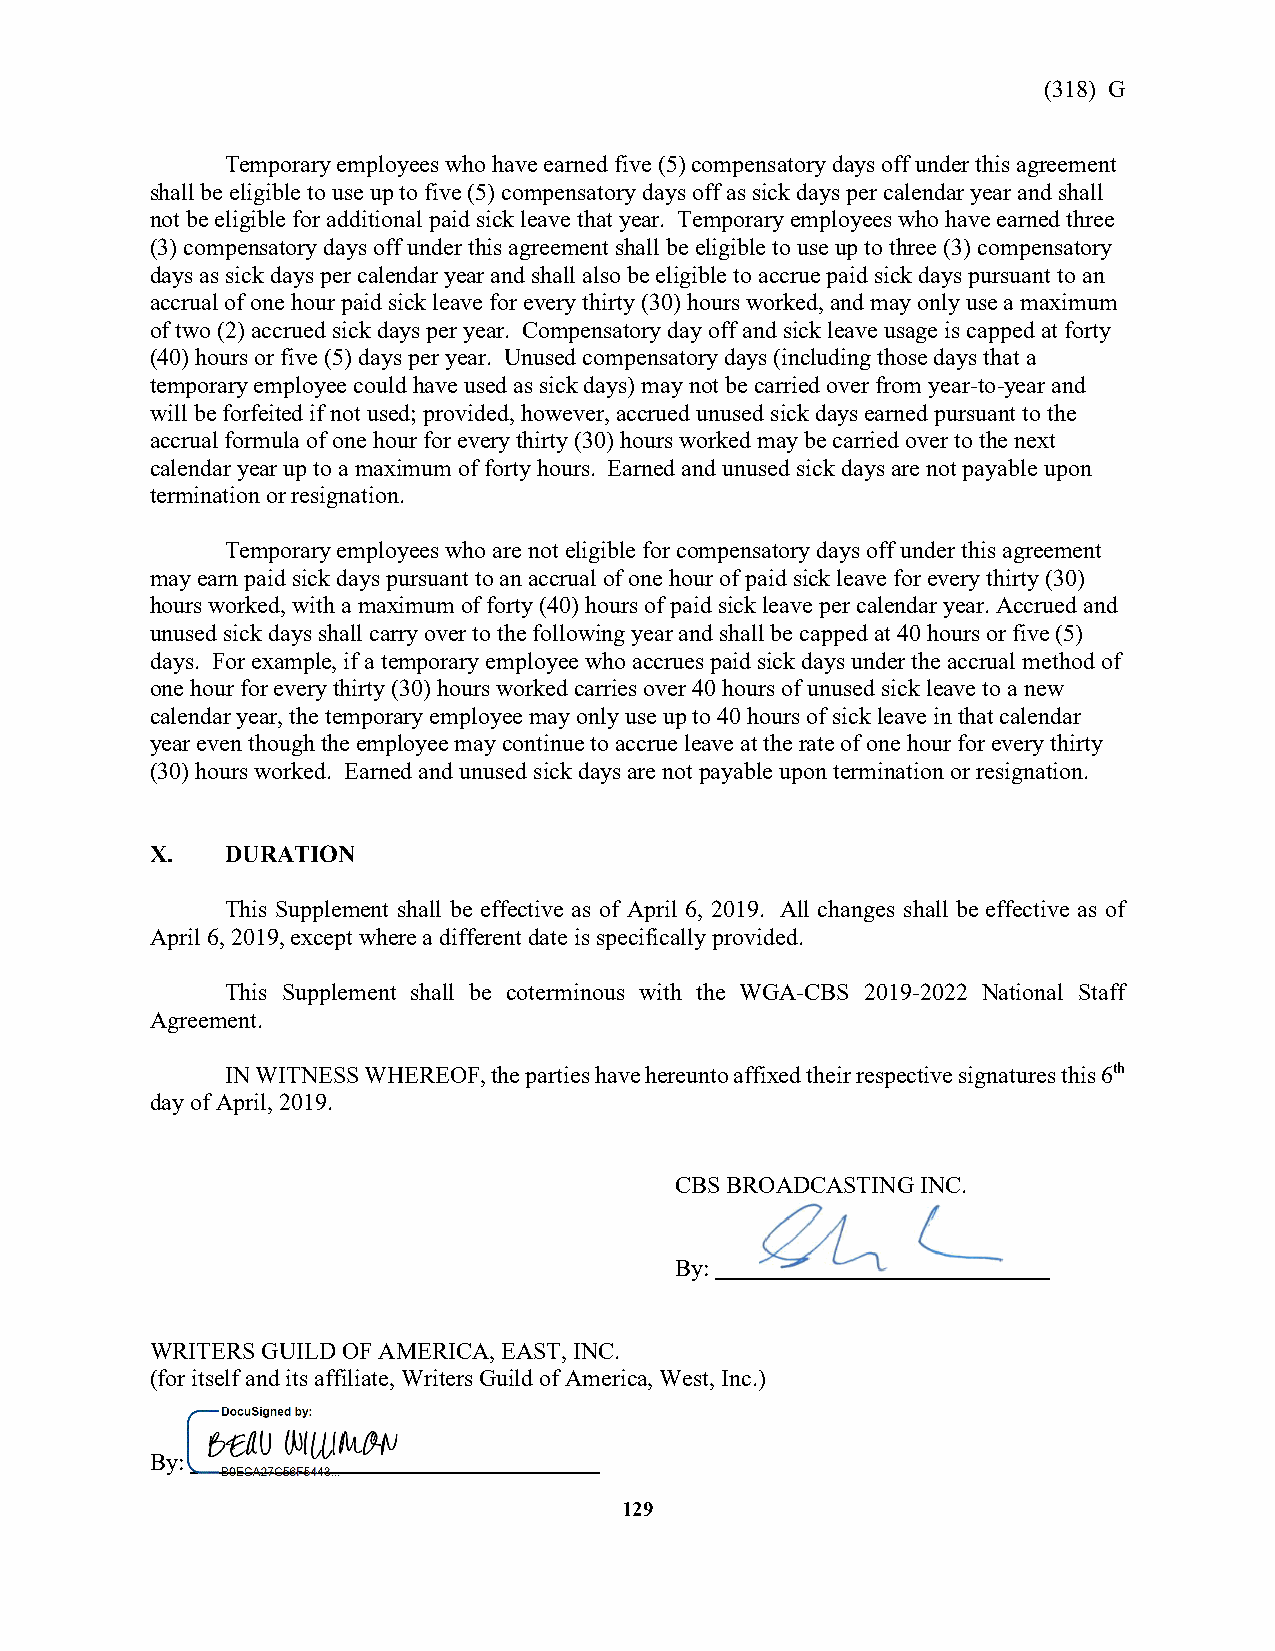
(318) G
 Temporary employees who have earned five (5) compensatory days off under this agreement
 shall be eligible to use up to five (5) compensatory days off as sick days per calendar year and shall
 not be eligible for additional paid sick leave that year. Temporary employees who have earned three
 (3) compensatory days off under this agreement shall be eligible to use up to three (3) compensatory
 days as sick days per calendar year and shall also be eligible to accrue paid sick days pursuant to an
 accrual of one hour paid sick leave for every thirty (30) hours worked, and may only use a maximum
 of two (2) accrued sick days per year. Compensatory day off and sick leave usage is capped at forty
 (40) hours or five (5) days per year. Unused compensatory days (including those days that a
 temporary employee could have used as sick days) may not be carried over from year-to-year and
 will be forfeited if not used; provided, however, accrued unused sick days earned pursuant to the
 accrual formula of one hour for every thirty (30) hours worked may be carried over to the next
 calendar year up to a maximum of forty hours. Earned and unused sick days are not payable upon
 termination or resignation.
 Temporary employees who are not eligible for compensatory days off under this agreement
 may earn paid sick days pursuant to an accrual of one hour of paid sick leave for every thirty (30)
 hours worked, with a maximum of forty (40) hours of paid sick leave per calendar year. Accrued and
 unused sick days shall carry over to the following year and shall be capped at 40 hours or five (5)
 days. For example, if a temporary employee who accrues paid sick days under the accrual method of
 one hour for every thirty (30) hours worked carries over 40 hours of unused sick leave to a new
 calendar year, the temporary employee may only use up to 40 hours of sick leave in that calendar
 year even though the employee may continue to accrue leave at the rate of one hour for every thirty
 (30) hours worked. Earned and unused sick days are not payable upon termination or resignation.
 X.   DURATION
 This Supplement shall be effective as of April 6, 2019. All changes shall be effective as of
 April 6, 2019, except where a different date is specifically provided.
 This Supplement shall be coterminous with the WGA-CBS 2019-2022 National Staff
 Agreement.
 IN WITNESS WHEREOF, the parties have hereunto affixed their respective signatures this 6th
 day of April, 2019.
 CBS BROADCASTING INC.
 By:
 WRITERS GUILD OF AMERICA, EAST, INC.
 (for itself and its affiliate, Writers Guild of America, West, Inc.)
 By:
 129